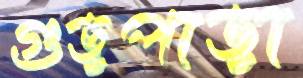
গুড়পাড়া